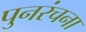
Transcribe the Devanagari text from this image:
पुनरंचना